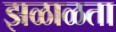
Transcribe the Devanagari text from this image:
झळाळता